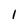
Character: 1